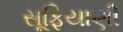
સૂફિયાણી